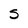
Character: S